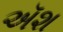
ઍશ